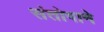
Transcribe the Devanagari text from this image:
संतोषाने